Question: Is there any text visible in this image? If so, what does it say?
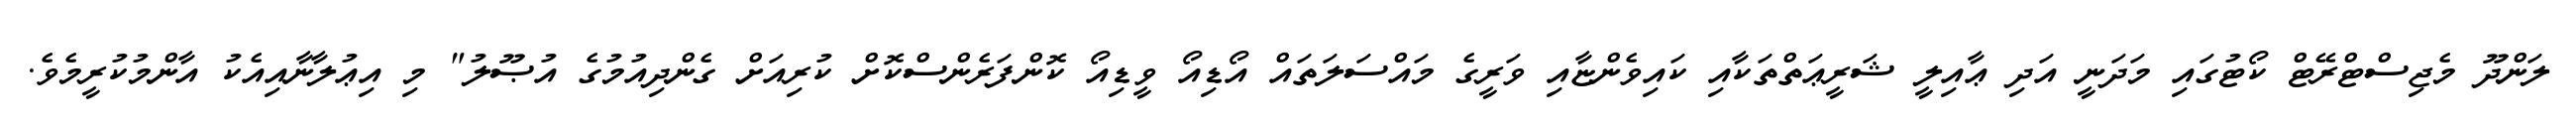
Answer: ލަންދޫ މެޖިސްޓްރޭޓް ކޯޓުގައި މަދަނީ އަދި ޢާއިލީ ޝަރީޢަތްތަކާއި ކައިވެންޏާއި ވަރީގެ މައްސަލަތައް އޯޑިއޯ ވީޑިއޯ ކޮންފަރެންސްކޮށް ކުރިއަށް ގެންދިއުމުގެ އުޞޫލު" މި އިޢުލާނާއިއެކު އާންމުކުރީމެވެ.